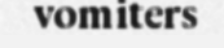
vomiters